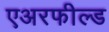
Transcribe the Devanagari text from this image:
एअरफील्ड